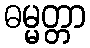
ဓမ္မတ္တာ